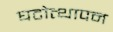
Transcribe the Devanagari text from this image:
घटोत्थापन